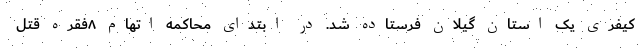
کیفری یک استان گیلان فرستاده شد. در ابتدای محاکمه اتهام ٨فقره قتل